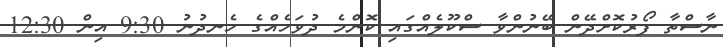
ނާސްތާ ފޯރުކޮށްދޭން ބޭނުންވާ ސްކޫލެއްގައި ކޮންމެ ދުވަހެއްގެ ހެނދުނު 9:30 އިން 12:30